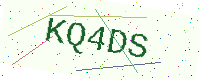
Text: KQ4DS